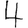
Digit: 4